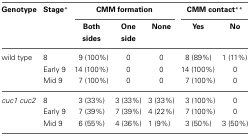
<table><thead><tr><td><b>Genotype</b></td><td><b>Stage<sup>*</sup></b></td><td colspan="3"><b>CMM formation</b></td><td colspan="2"><b>CMM contact<sup>**</sup></b></td></tr><tr><td></td><td></td><td><b>Both sides</b></td><td><b>One side</b></td><td><b>None</b></td><td><b>Yes</b></td><td><b>No</b></td></tr></thead><tbody><tr><td>wild type</td><td>8</td><td>9 (100%)</td><td>0</td><td>0</td><td>8 (89%)</td><td>1 (11%)</td></tr><tr><td></td><td>Early 9</td><td>14 (100%)</td><td>0</td><td>0</td><td>14 (100%)</td><td>0</td></tr><tr><td></td><td>Mid 9</td><td>7 (100%)</td><td>0</td><td>0</td><td>7 (100%)</td><td>0</td></tr><tr><td><i>cuc1 cuc2</i></td><td>8</td><td>3 (33%)</td><td>3 (33%)</td><td>3 (33%)</td><td>3 (100%)</td><td>0</td></tr><tr><td></td><td>Early 9</td><td>7 (39%)</td><td>7 (39%)</td><td>4 (22%)</td><td>7 (100%)</td><td>0</td></tr><tr><td></td><td>Mid 9</td><td>6 (55%)</td><td>4 (36%)</td><td>1 (9%)</td><td>3 (50%)</td><td>3 (50%)</td></tr></tbody></table>